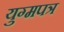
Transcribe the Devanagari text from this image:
युग्मपत्र